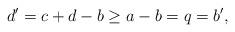
LaTeX: \begin{align*}d'=c+d-b\geq a-b=q=b',\end{align*}